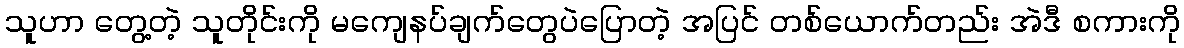
သူဟာ တွေ့တဲ့ သူတိုင်းကို မကျေနပ်ချက်တွေပဲပြောတဲ့ အပြင် တစ်ယောက်တည်း အဲဒီ စကားကို